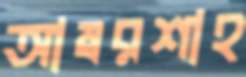
আম্বরশাহ